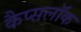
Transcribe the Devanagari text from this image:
कैप्सलॉक